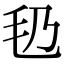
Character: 㲌